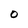
Character: 0